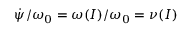
\dot { \psi } / \omega _ { 0 } = \omega ( I ) / \omega _ { 0 } = \nu ( I )